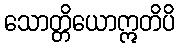
သောတ္တိယောဣတိပိ